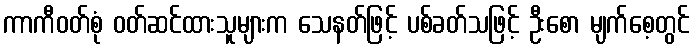
ကာကီဝတ်စုံ ဝတ်ဆင်ထားသူများက သေနတ်ဖြင့် ပစ်ခတ်သဖြင့် ဦးစော မျက်စေ့တွင်